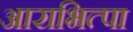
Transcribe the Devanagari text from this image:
आराभित्पा